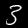
Label: 3